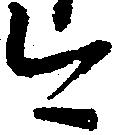
今